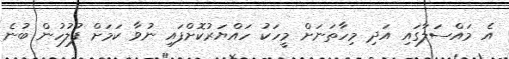
އެ މައްސަލާގައި އަދި މިހާތަނަށް މީހަކު ހައްޔަރުކޮށްފައި ނުވާ ކަމަށް ފުލުހުން ބުނެ